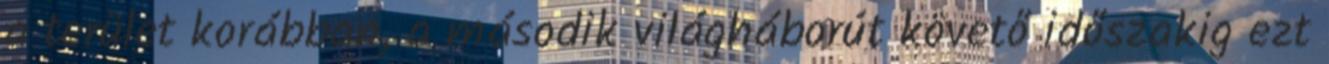
a terület korábban, a második világháborút követő időszakig ezt